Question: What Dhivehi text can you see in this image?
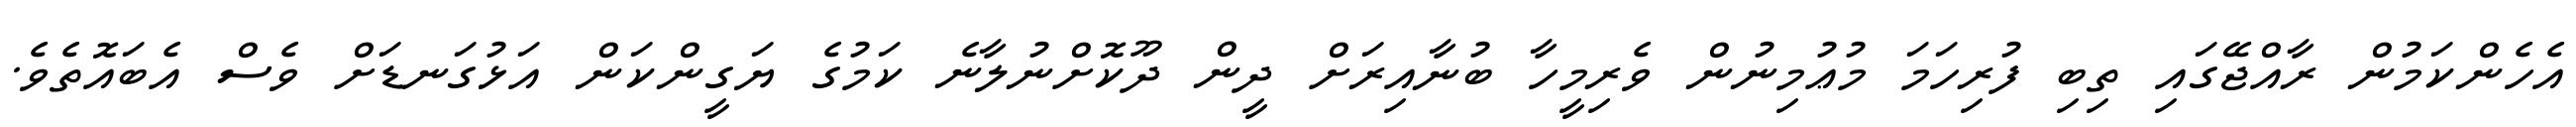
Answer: އެހެންކަމުން ރާއްޖޭގައި ތިބި ފުރިހަމަ މުޢުމިނުން ވެރިމީހާ ބުނާއިރަށް ދީން ދޫކޮށްނުލާނެ ކަމުގެ ޔަގީންކަން އަޅުގަނޑަށް ވެސް އެބައޮތެވެ.